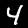
Label: 4